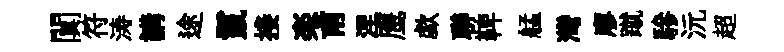
闃符涛講途鬣接楽甫涅鹰歔聨鞞艋灣廖蹴驂沅超